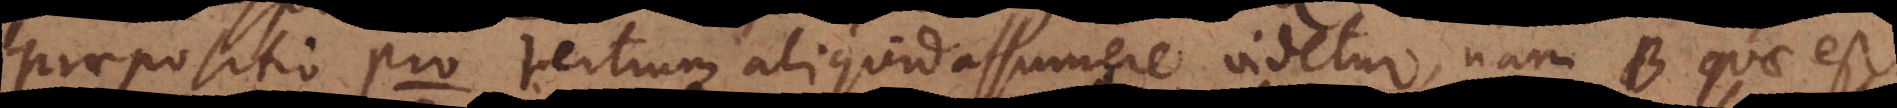
Praepositio pro tertium aliquid assumere videtur, nam B quae est